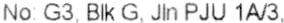
NO: G3, BLK G, JLN PJU 1A/3,